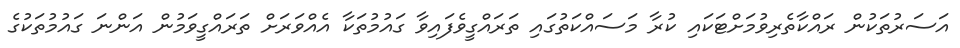
އަސަރުތަކުން ރައްކާތެރިވުމަށްޓަކައި ކުރާ މަސައްކަތުގައި ތަރައްގީވެފައިވާ ގައުމުތަކާ އެއްވަރަށް ތަރައްގީވަމުން އަންނަ ގައުމުތަކުގެ